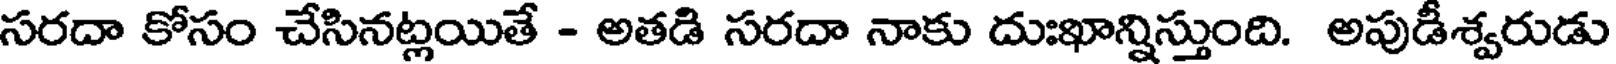
సరదా కోసం చేసినట్లయితే - అతడి సరదా నాకు దుఃఖాన్నిస్తుంది. అపుడీశ్వరుడు